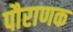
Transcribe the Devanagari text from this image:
पौराणक